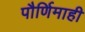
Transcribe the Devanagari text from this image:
पौर्णिमाही